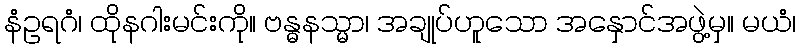
နံဥရဂံ၊ ထိုနဂါးမင်းကို။ ဗန္ဓနသ္မာ၊ အချုပ်ဟူသော အနှောင်အဖွဲ့မှ။ မယံ၊